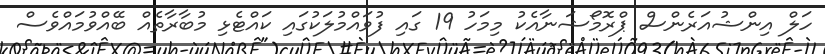
ހަލް އިންޝުއަރެންސް ޕްރޮމޯޝަނާއެކު މިމަހު 19 ގައި ފުވައްމުލަކުގައި ކައްޓެޅި މުބާރާތެއް ބޭއްވުމައްވެސް